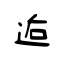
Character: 逅